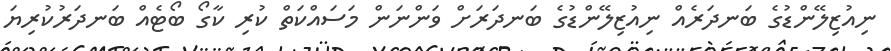
ނިއުޒިލޭންޑުގެ ބަނދަރެއް ނިއުޒިލޭންޑުގެ ބަނދަރަށް ވަންނަން މަސައްކަތް ކުރި ކާގޯ ބޯޓެއް ބަނދަރުކުރިޔަ